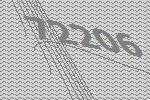
72206